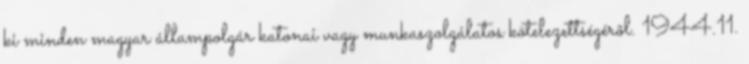
ki minden magyar állampolgár katonai vagy munkaszolgálatos kötelezettségérõl. 1944.11.